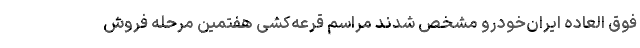
فوق العاده ایران‌خودرو مشخص شدند مراسم قرعه‌کشی هفتمین مرحله فروش